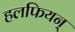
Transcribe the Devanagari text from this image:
हलफियन्